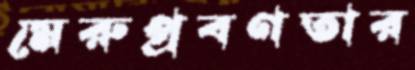
মেরুপ্রবণতার